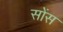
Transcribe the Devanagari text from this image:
सोंस